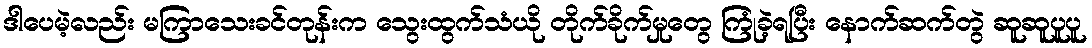
ဒါပေမဲ့လည်း မကြာသေးခင်တုန်းက သွေးထွက်သံယို တိုက်ခိုက်မှုတွေ ကြုံခဲ့ရပြီး နောက်ဆက်တွဲ ဆူဆူပူပူ